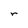
Character: r